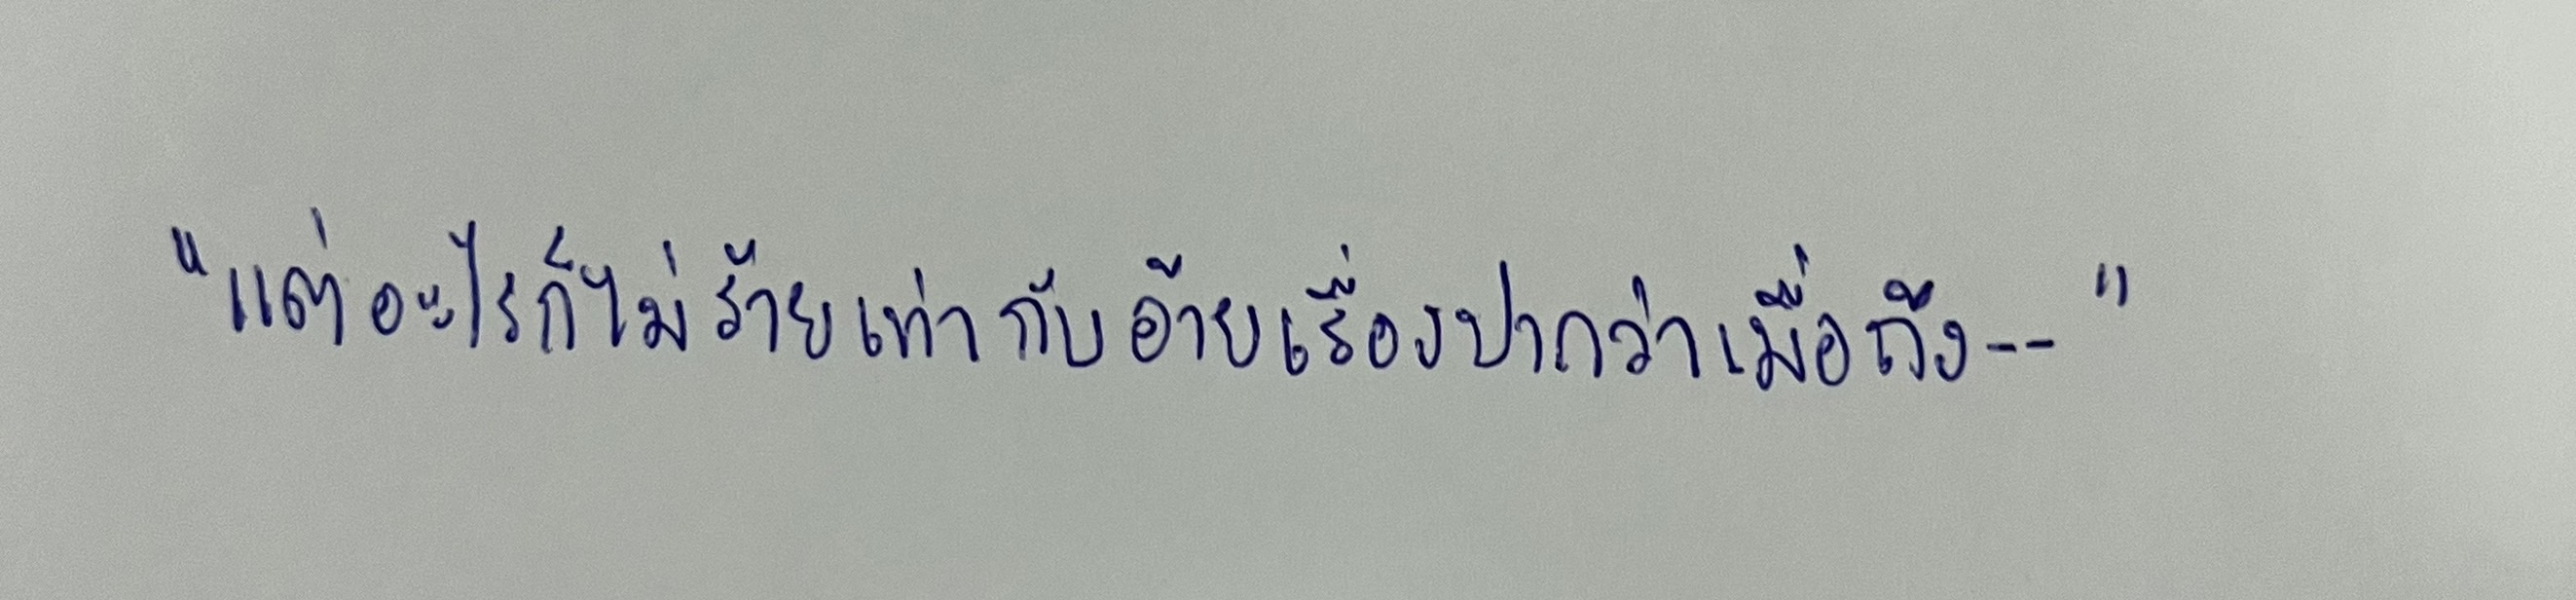
"แต่อะไรก็ไม่ร้ายเท่ากับอ้ายเรื่องปากว่าเมื่อถึง--"